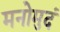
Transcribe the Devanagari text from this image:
मनोमुदं